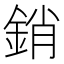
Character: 銷